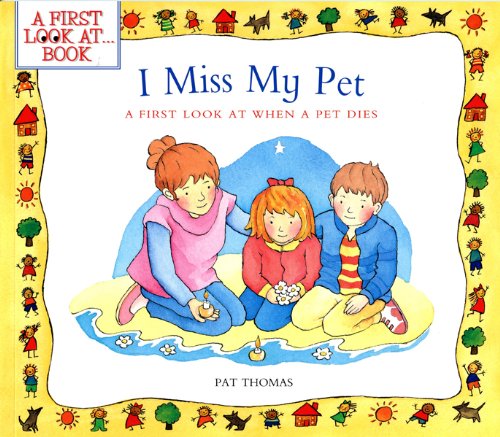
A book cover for I Miss My Pet: A First Look at When a Pet Dies (A First Look at...Series); Pat Thomas; Crafts, Hobbies & Home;